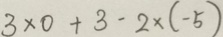
3 \times 0 + 3 - 2 \times ( - 5 )